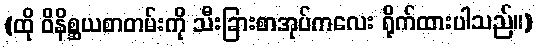
(ထို ဝိနိစ္ဆယစာတမ်းကို သီးခြားစာအုပ်ကလေး ရိုက်ထားပါသည်။)